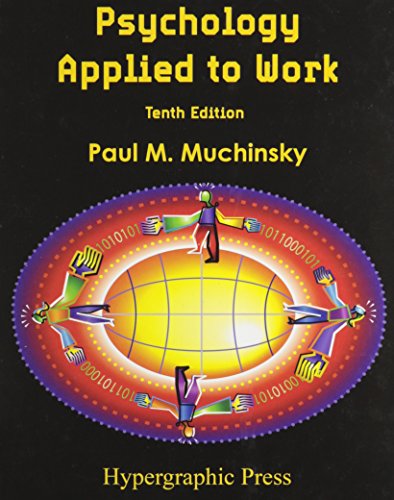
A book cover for Psychology Applied to Work; Paul M. Muchinsky; Medical Books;